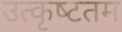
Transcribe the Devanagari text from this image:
उत्‍कृष्‍टतम